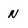
Character: N